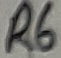
Text: R6